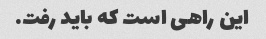
این راهی است که باید رفت.